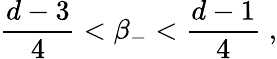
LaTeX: \frac{d-3}{4}<\beta_{-}<\frac{d-1}{4}\; ,